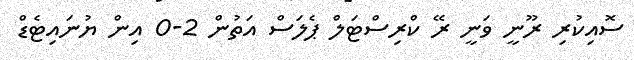
ސޮއިކުރި ރޫނީ ވަނީ ރޭ ކްރިސްޓަލް ޕެލަސް އަތުން 2-0 އިން ޔުނައިޓެޑް